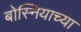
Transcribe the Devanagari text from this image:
बोस्नियाच्या